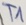
Text: T1